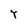
Character: r